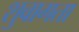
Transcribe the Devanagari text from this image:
शुवागता